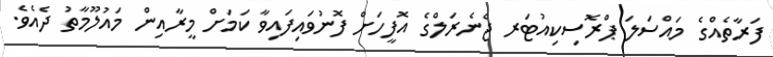
ފަރާތެއްގެ މައްސަލަ ޕްރޮސިކިއުޓަރ ޖެނެރަލްގެ އޮފީހަށް ފޮނުވައިފައިވާ ކަމަށް މީރާއިން މައުލޫމާތު ދެއެވެ.